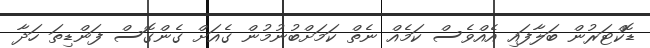
ޑޮކްޓަރުން ބަލާފައި އެއްވެސް ކަމެއް ނެތް ކަމަށްބުނުމުން ގެއަށް ގެންގޮސް ފަންޑިތަ ހަދާ